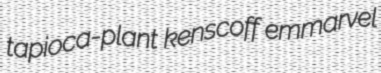
tapioca-plant kenscoff emmarvel